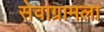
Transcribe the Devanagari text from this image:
सेवाग्रामला